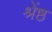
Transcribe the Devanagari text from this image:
श्रेंष्ठ